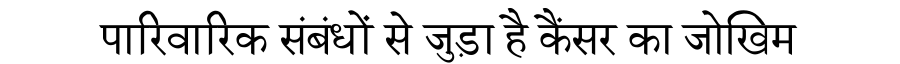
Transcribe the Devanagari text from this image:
पारिवारिक संबंधों से जुड़ा है कैंसर का जोखिम